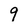
Character: 9